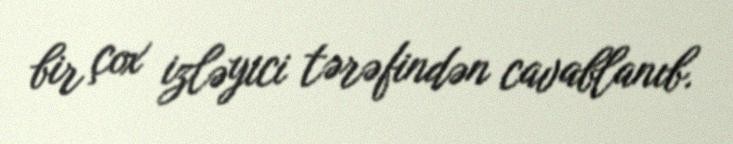
bir çox izləyici tərəfindən cavablanıb.